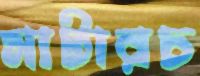
মাটারচ